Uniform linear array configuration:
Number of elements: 64
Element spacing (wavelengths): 0.5
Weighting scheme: blackman
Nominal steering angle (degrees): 30
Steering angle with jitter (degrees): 31.757
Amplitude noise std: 0.05
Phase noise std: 0.05

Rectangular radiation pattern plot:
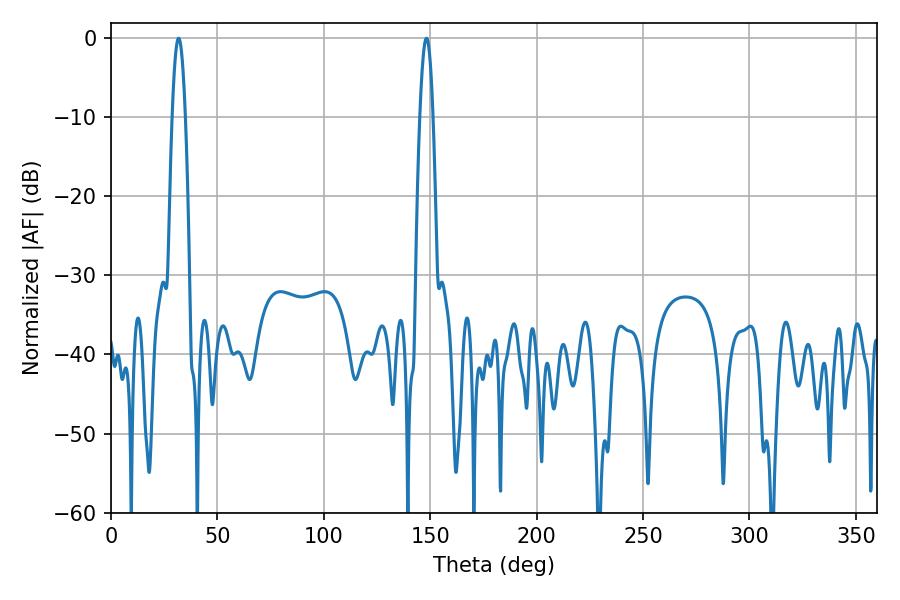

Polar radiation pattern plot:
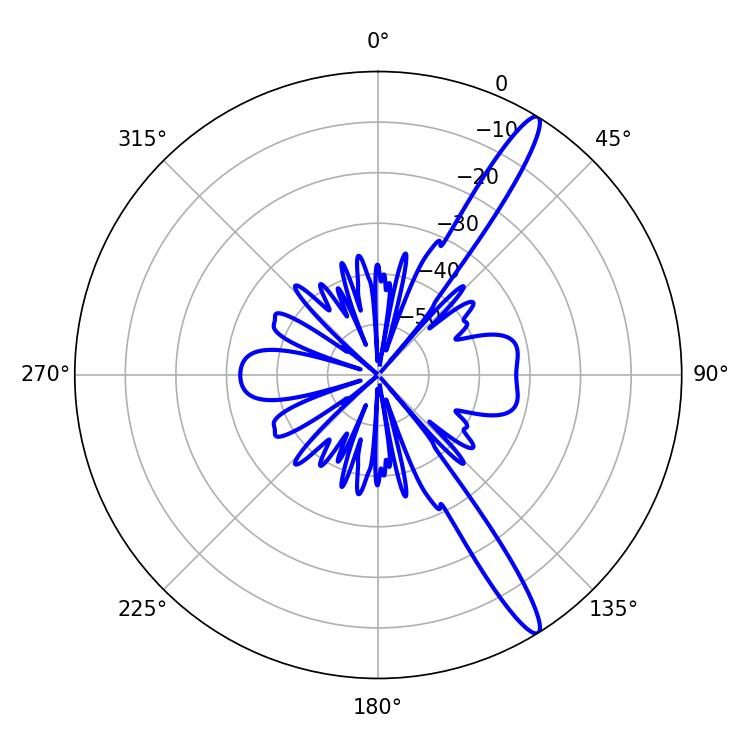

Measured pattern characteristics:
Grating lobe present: FALSE
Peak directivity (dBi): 14.663
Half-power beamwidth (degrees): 3.42
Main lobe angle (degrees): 31.68